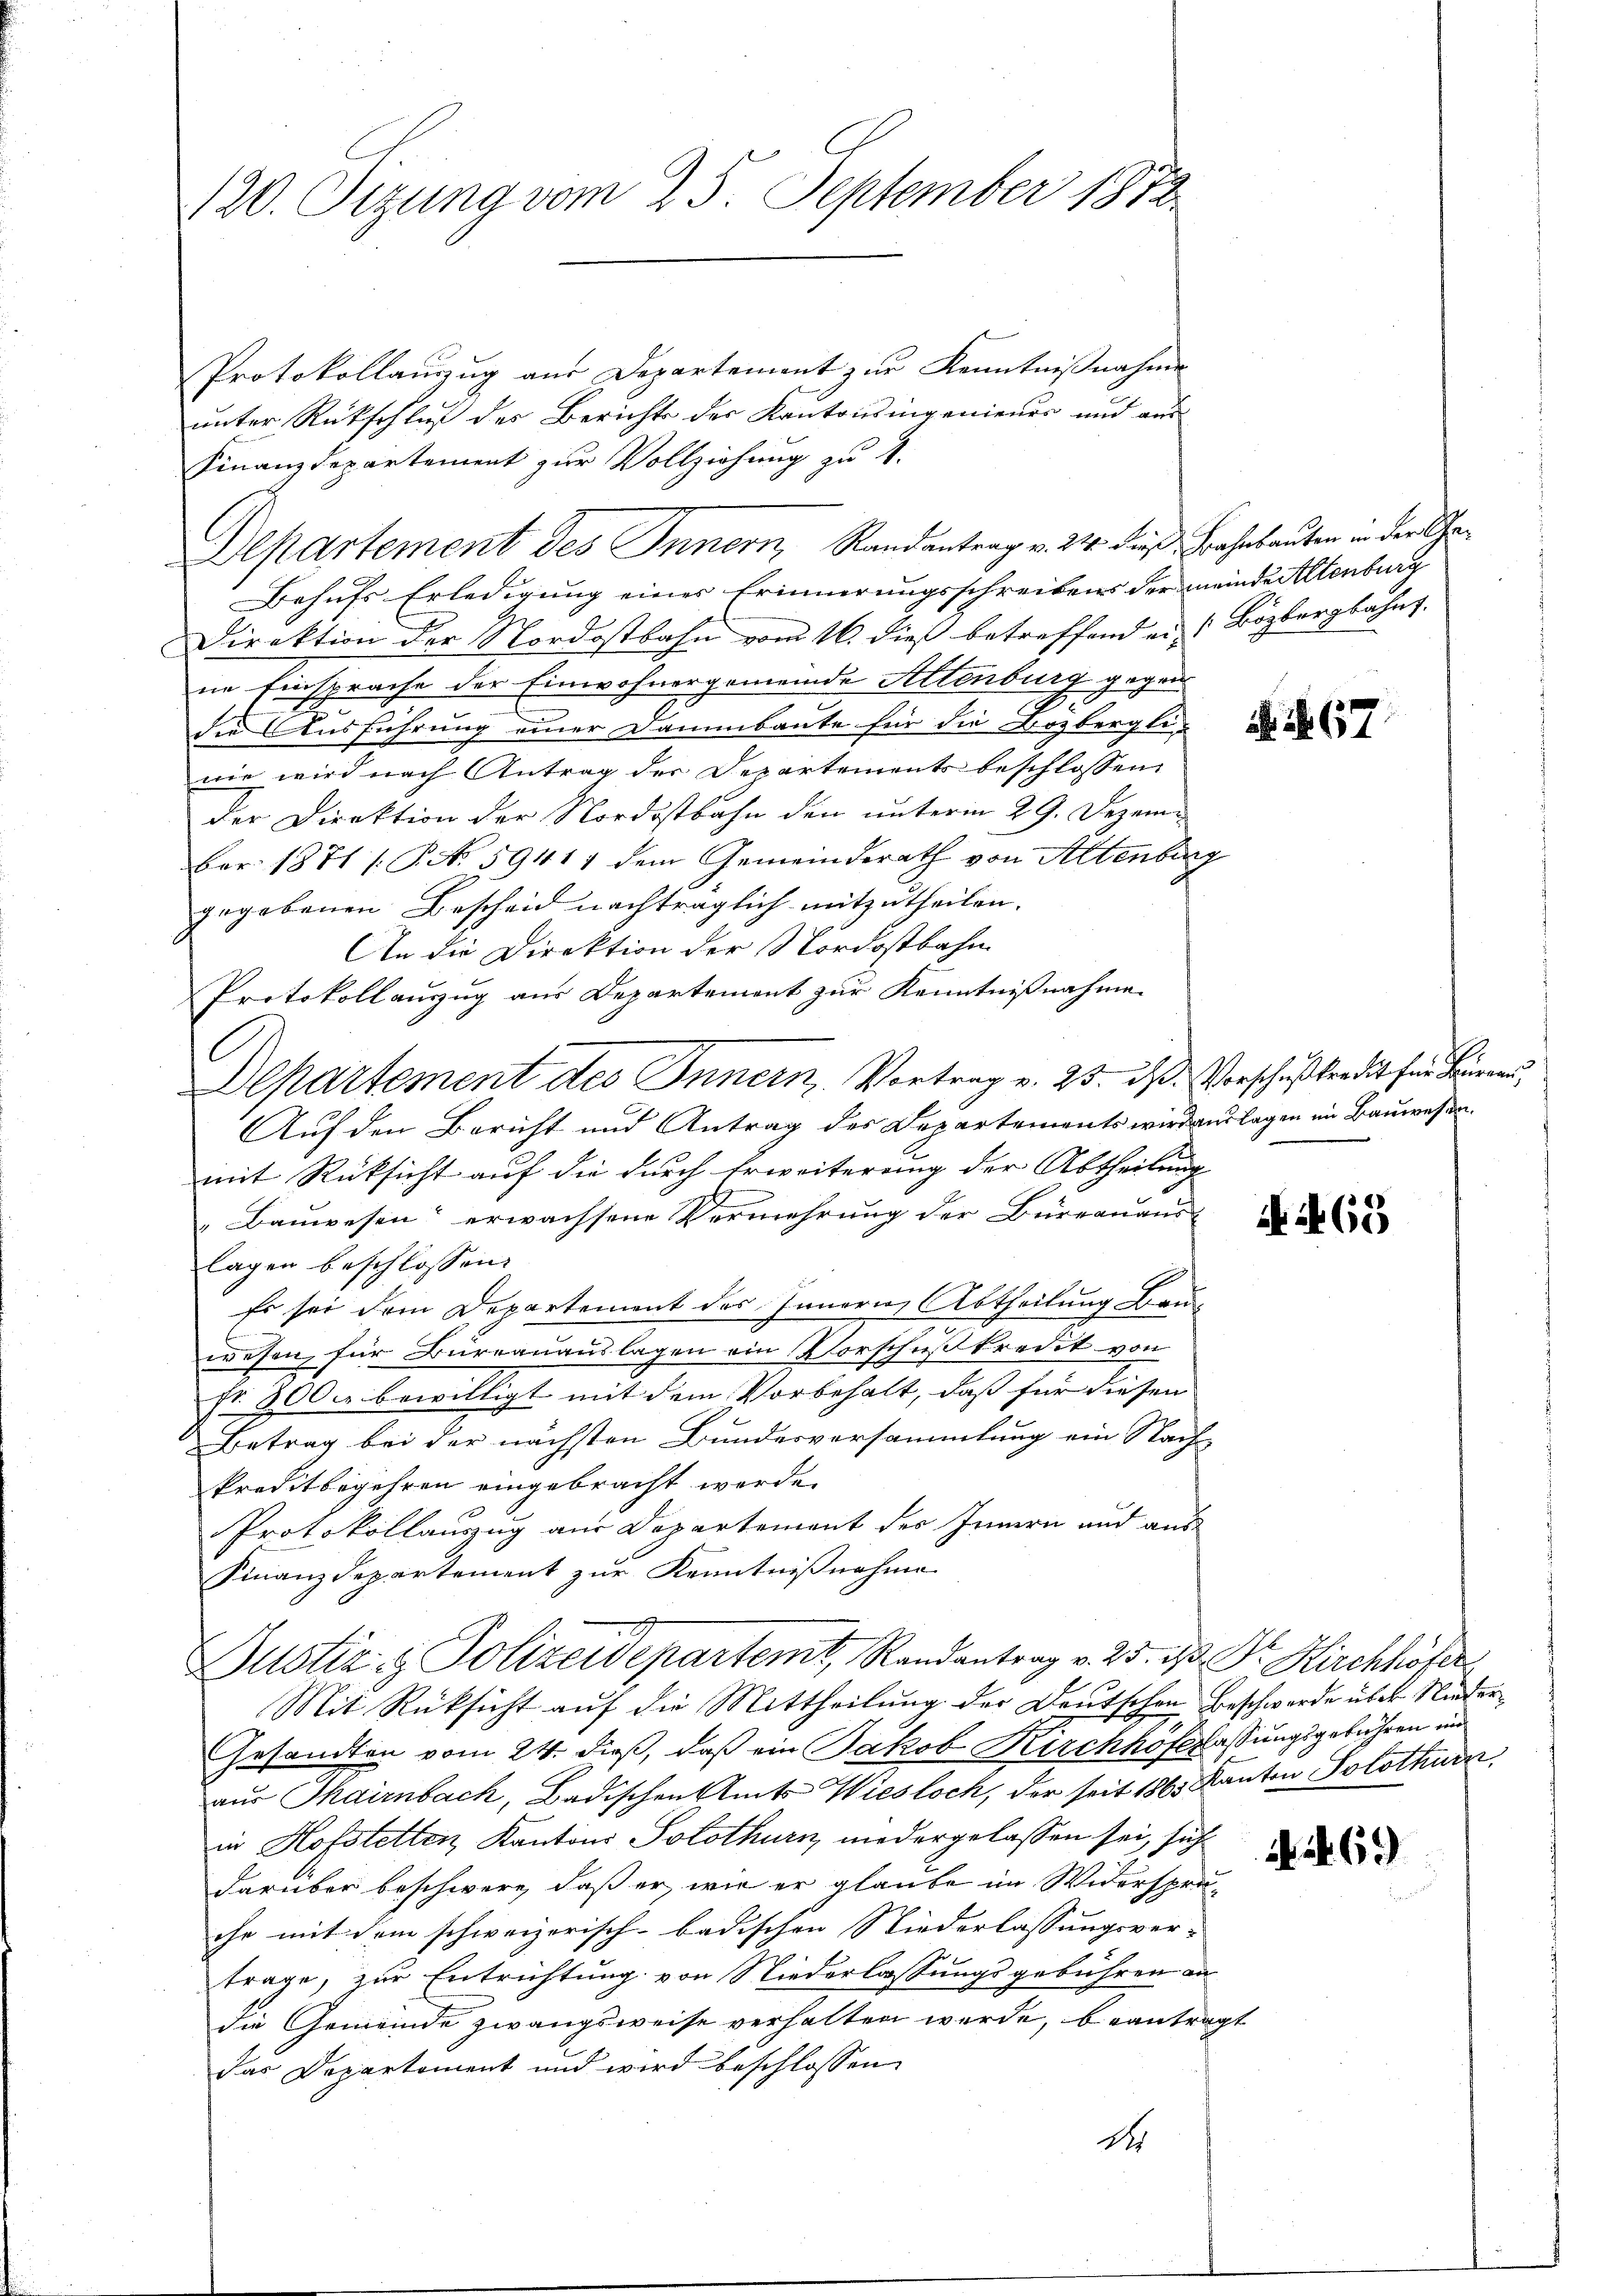
120. Sizung vom 25. September 1872

Protokollauszug aus Departement zur Kenntnißnahme
unter Rückschluß des Berichts des Kantonsingeniener und aus
Finanzdepartement zur Vollziehung zu 1.
Departement des Innern, Randantrag v. 24. die Bahnbauten in der Ge¬
Behufs Erledigung eines Erinnerungsschreibens der meindertenburg
Direktion der Nordostbahn vom 16. dieß betreffend ein Bözbergbahnt.
ne Einsprache der Einwohnergemeinde Altenburg gegendie Ausführung einer Dammbaute für die Boyberglied d
wie wird nach Antrag der Departements beschlossen
der Direktion der Nordostbahn den unterm 29. Dezem
Bar. 1871 / P. No. 59411 dem Gemeinderath von Altenburg
gegebenen Bescheid nachträglich mitzutheilen.
An die Direktion der Nordostbahn
Protokollauszug aus Departement zur Kenntnißnahme
Departement des Innern, Vortrag v. 23. ds. Vorschußberdit für Bauern,
Auf den Bericht und Antrag des Departements wird auslagen im Bauwesen.
mit Rücksicht auf die durch Erweiterung der Abtheilung
Bauwesen erwachsene Vermehrung der Büreanaus
lagen beschlossen,
Es sei dem Departement des Innern, Abtheilung Bau-
wesen, für Burrauauslagen ein Vorschußkredit von
fr. 300. bewilligt mit dem Vorbehalt, daß für diesen
Betrag bei der nächsten Bundesversammlung ein Nach-
kreditbegehren eingebracht werde.
Protokollauszug aus Departement der Innern und aus
Finanzdepartement zur Kenntnißnahme
Justiz & Polizeidepartemt, Randantrag v. 25. d. Dr. Kirchhöfer
Mit Rücksicht auf die Mittheilung der Deutschen Beschwerde über Nieder
Gesandten vom 24. dieß, daß ein Jakob Kirchhöferlassungsgebühren und
aus Thairnbach, Badischen Amts Wiesloch, der seit 1865 Kanton Solothurn
in Hofstetten Kantons Solothurn, niedergelassen sei, sich
darüber beschwere, daß er, wie er glaube im Widerspruihr mit dem schweizerisch-badischen Niederlassungsver-
trage, zur Entrichtung von Niederlassungsgebühren an
die Gemeinde zwangsweise verhalten werde, beantragt
das Departement und wird beschlossen
ds